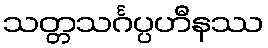
သတ္တသင်္ဂပ္ပဟီနဿ